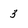
Character: 3